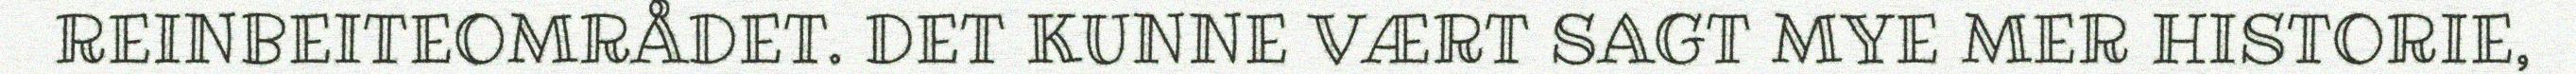
REINBEITEOMRÅDET. DET KUNNE VÆRT SAGT MYE MER HISTORIE,